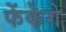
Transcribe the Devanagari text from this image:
फेंकेगे